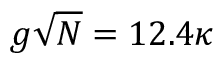
g \sqrt { N } = 1 2 . 4 \kappa